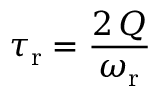
\tau _ { \mathrm { r } } = \frac { 2 \, Q } { \omega _ { \mathrm { r } } }